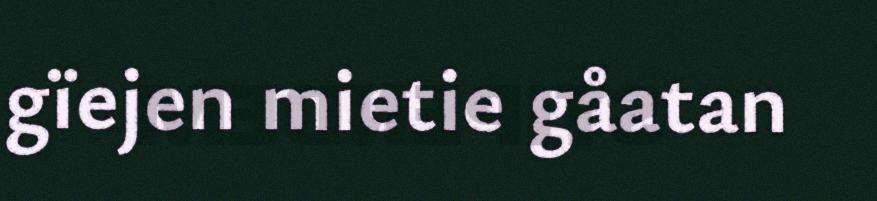
gïejen mietie gåatan